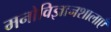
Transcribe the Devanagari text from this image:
मनोविज्ञानशालाएँ